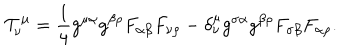
{ \cal T } _ { \nu } ^ { \mu } = \frac { 1 } { 4 } g ^ { \mu \alpha } g ^ { \beta \rho } F _ { \alpha \beta } F _ { \nu \rho } - \delta _ { \nu } ^ { \mu } g ^ { \sigma \alpha } g ^ { \beta \rho } F _ { \sigma \beta } F _ { \alpha \rho } .